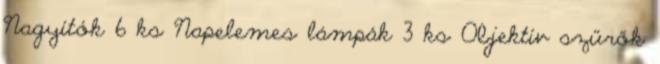
Nagyítók 6 ks Napelemes lámpák 3 ks Objektív szűrők